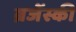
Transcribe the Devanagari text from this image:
ब्रजेंस्की